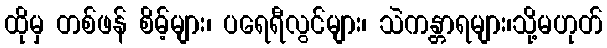
ထိုမှ တစ်ဖန် စိမ့်များ၊ ပရေရီလွင်များ၊ သဲကန္တာရများ၊သို့မဟုတ်